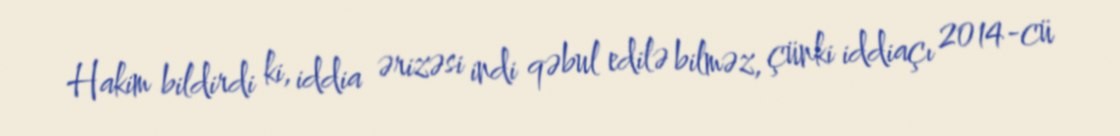
Hakim bildirdi ki, iddia ərizəsi indi qəbul edilə bilməz, çünki iddiaçı 2014-cü